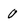
Character: 0